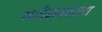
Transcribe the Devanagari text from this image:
समीक्षकाला